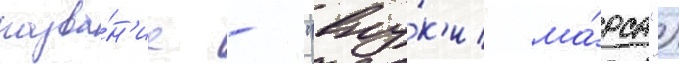
назва́н'ие - "вну́к'и ма́рса")